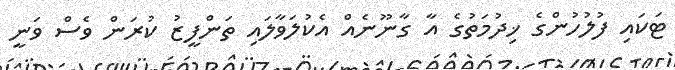
ޓަކައި ފުލުހުންގެ ޚިދުމަތުގެ އާ ގާނޫނެއް އެކުލަވާލައި ތަންފީޒު ކުރަން ވެސް ވަނީ